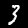
Digit: 3